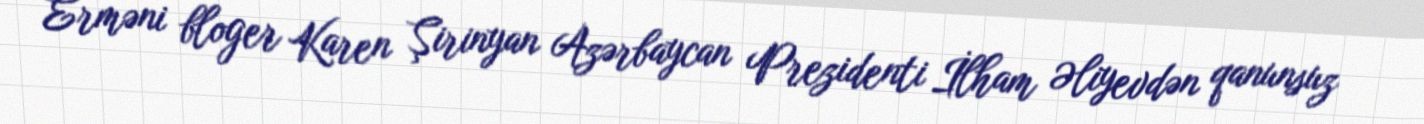
Erməni bloger Karen Şirinyan Azərbaycan Prezidenti İlham Əliyevdən qanunsuz